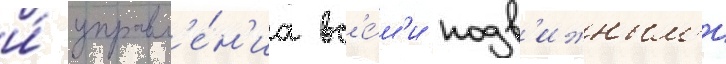
и́ управл'е́н'иа вс'е́м'и подв'ижным'и